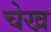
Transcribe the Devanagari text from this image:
चेख